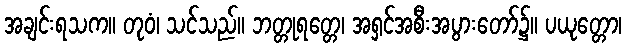
အချင်းရသက။ တုဝံ၊ သင်သည်။ ဘတ္တုရတ္တေ၊ အရှင်အစီးအပွားတော်၌။ ပယုတ္တော၊